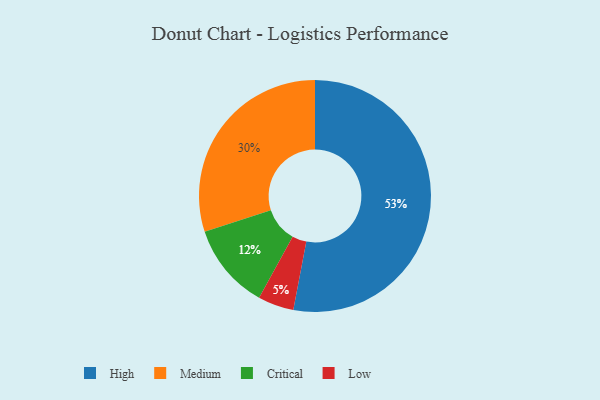
{"axis": {"x": "Category", "y": "Percentage"}, "legend": ["Critical", "High", "Low", "Medium"], "data": [{"x": "High", "y": 53, "type": "High"}, {"x": "Critical", "y": 12, "type": "Critical"}, {"x": "Low", "y": 5, "type": "Low"}, {"x": "Medium", "y": 30, "type": "Medium"}]}